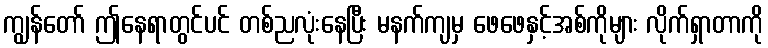
ကျွန်တော် ဤနေရာတွင်ပင် တစ်ညလုံးနေပြီး မနက်ကျမှ ဖေဖေနှင့်အစ်ကိုများ လိုက်ရှာတာကို